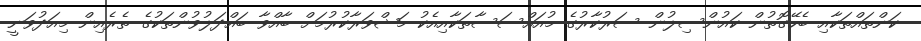
ކަންތައްތަކާއި ބެހޭގޮތުން ކައުންސިލުން ސަރުކާރުގެ މުއައްސަސާތަކާއިއެކު މަޝްވަރާކުރުމަށް ބާއްވާ ބައްދަލުވުންތަކުގެ ތެރެއިން މިއަދުވަނީ